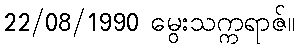
22/08/1990 မွေးသက္ကရာဇ်။